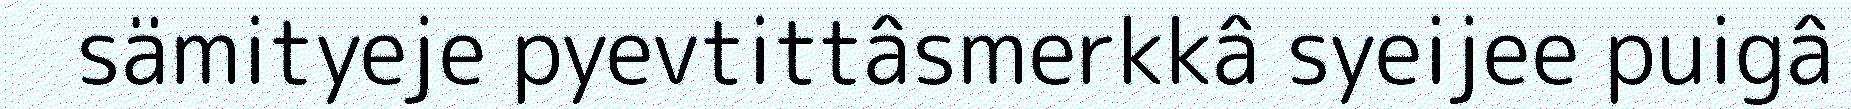
sämityeje pyevtittâsmerkkâ syeijee puigâ